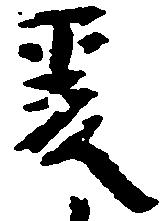
爰